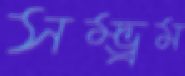
সম্ভ্রম